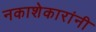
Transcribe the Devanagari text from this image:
नकाशेकारांनी